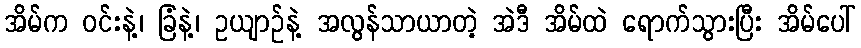
အိမ်က ဝင်းနဲ့၊ ခြံနဲ့၊ ဥယျာဉ်နဲ့ အလွန်သာယာတဲ့ အဲဒီ အိမ်ထဲ ရောက်သွားပြီး အိမ်ပေါ်